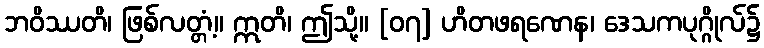
ဘဝိဿတိ၊ ဖြစ်လတ္တံ့။ ဣတိ၊ ဤသို့။ [၀၇] ဟိတဖရဏေန၊ ဒေသကပုဂ္ဂိုလ်၌